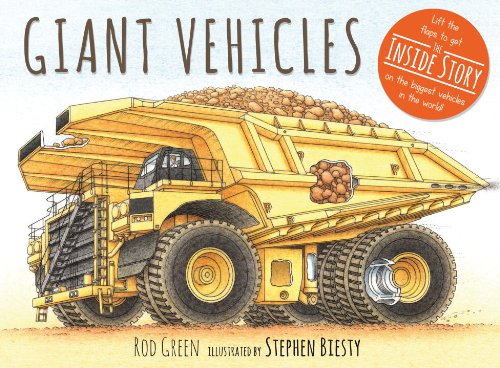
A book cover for Giant Vehicles; Rod Green; Children's Books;